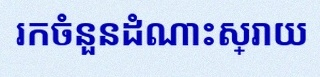
រកចំនួនដំណោះស្រាយ